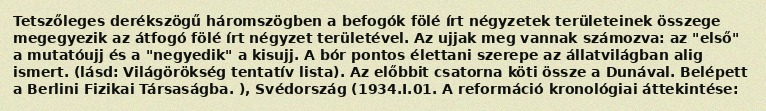
Tetszőleges derékszögű háromszögben a befogók fölé írt négyzetek területeinek összege megegyezik az átfogó fölé írt négyzet területével. Az ujjak meg vannak számozva: az "első" a mutatóujj és a "negyedik" a kisujj. A bór pontos élettani szerepe az állatvilágban alig ismert. (lásd: Világörökség tentatív lista). Az előbbit csatorna köti össze a Dunával. Belépett a Berlini Fizikai Társaságba. ), Svédország (1934.I.01. A reformáció kronológiai áttekintése: